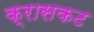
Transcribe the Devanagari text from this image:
क्रासकट